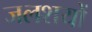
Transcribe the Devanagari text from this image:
जलशयों